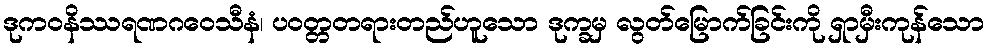
ဒုကဝနိဿရဏဂဝေသီနံ၊ ပဝတ္တတရားတည်ဟူသော ဒုက္ခမှ လွတ်မြောက်ခြင်းကို ရှာမှီးကုန်သော